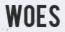
WOES